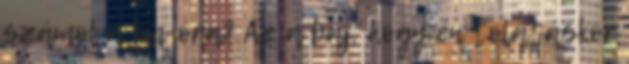
számol a km-óra? Az a baj, hogy én tolatáskor